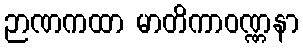
ဉာဏကထာ မာတိကာဝဏ္ဏနာ